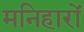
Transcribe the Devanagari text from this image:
मनिहारों